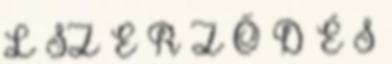
L SZ E R Z Ő D É S